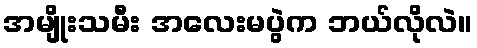
အမျိုးသမီး အလေးမပွဲက ဘယ်လိုလဲ။